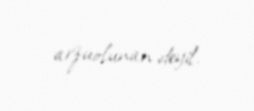
arzuolunan deyil.